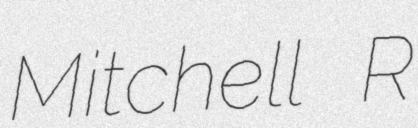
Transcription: Mitchell R